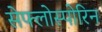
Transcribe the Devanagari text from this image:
सेफ्लोस्पोरिन